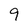
Character: 9